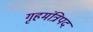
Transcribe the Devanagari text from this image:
गृहमंत्रिपद